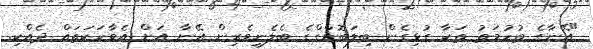
"އޭނާގެ ތުހުމަތު ތަކާ ގުޅިގެން ބިލަބޮންގްގެ ބެލެނިވެރިން އޭނާ އަށް އެވާހަކަތައް ދެއްކި.